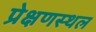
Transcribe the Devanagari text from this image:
प्रेक्षणस्थल